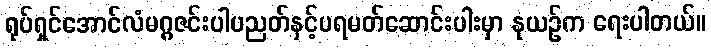
ရုပ်ရှင်အောင်လံမဂ္ဂဇင်းပါပညတ်နှင့်ပရမတ်ဆောင်းပါးမှာ နုယဉ်က ရေးပါတယ်။